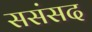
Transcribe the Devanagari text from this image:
ससंसद